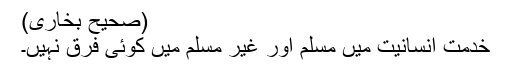
(صحیح بخاری)
خدمت انسانیت میں مسلم اور غیر مسلم میں کوئی فرق نہیں۔